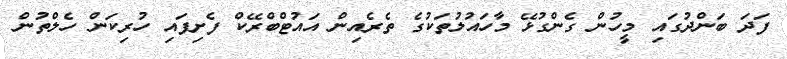
ފަދަ ބަންދުގައި މީހުން ގެންގުޅޭ މާހައުލުތަކުގެ ތެރެއިން އައުޓްބްރޭކް ފެށިފައި ހުރިކަން ހެލްތުން